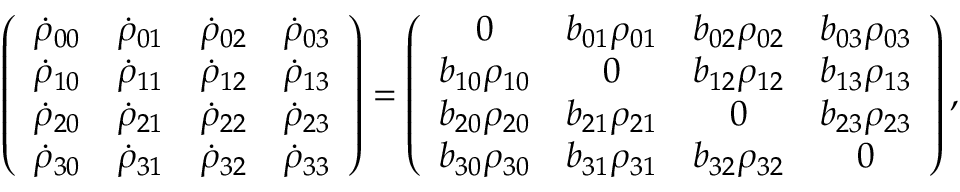
\left( \begin{array} { c c c c } { \dot { \rho } _ { 0 0 } } & { \dot { \rho } _ { 0 1 } } & { \dot { \rho } _ { 0 2 } } & { \dot { \rho } _ { 0 3 } } \\ { \dot { \rho } _ { 1 0 } } & { \dot { \rho } _ { 1 1 } } & { \dot { \rho } _ { 1 2 } } & { \dot { \rho } _ { 1 3 } } \\ { \dot { \rho } _ { 2 0 } } & { \dot { \rho } _ { 2 1 } } & { \dot { \rho } _ { 2 2 } } & { \dot { \rho } _ { 2 3 } } \\ { \dot { \rho } _ { 3 0 } } & { \dot { \rho } _ { 3 1 } } & { \dot { \rho } _ { 3 2 } } & { \dot { \rho } _ { 3 3 } } \end{array} \right) = \left( \begin{array} { c c c c } { 0 } & { b _ { 0 1 } \rho _ { 0 1 } } & { b _ { 0 2 } \rho _ { 0 2 } } & { b _ { 0 3 } \rho _ { 0 3 } } \\ { b _ { 1 0 } \rho _ { 1 0 } } & { 0 } & { b _ { 1 2 } \rho _ { 1 2 } } & { b _ { 1 3 } \rho _ { 1 3 } } \\ { b _ { 2 0 } \rho _ { 2 0 } } & { b _ { 2 1 } \rho _ { 2 1 } } & { 0 } & { b _ { 2 3 } \rho _ { 2 3 } } \\ { b _ { 3 0 } \rho _ { 3 0 } } & { b _ { 3 1 } \rho _ { 3 1 } } & { b _ { 3 2 } \rho _ { 3 2 } } & { 0 } \end{array} \right) ,